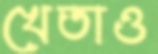
খেতাও